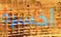
أخسره